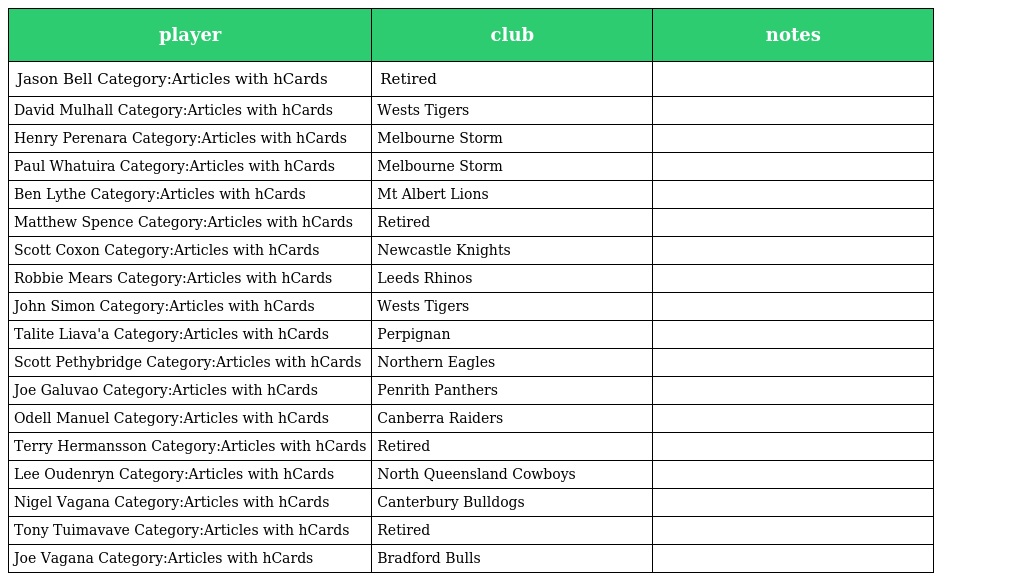
| player | club | notes |
 | --- | --- | --- |
 | Jason Bell Category:Articles with hCards | Retired |  |
 | David Mulhall Category:Articles with hCards | Wests Tigers |  |
 | Henry Perenara Category:Articles with hCards | Melbourne Storm |  |
 | Paul Whatuira Category:Articles with hCards | Melbourne Storm |  |
 | Ben Lythe Category:Articles with hCards | Mt Albert Lions |  |
 | Matthew Spence Category:Articles with hCards | Retired |  |
 | Scott Coxon Category:Articles with hCards | Newcastle Knights |  |
 | Robbie Mears Category:Articles with hCards | Leeds Rhinos |  |
 | John Simon Category:Articles with hCards | Wests Tigers |  |
 | Talite Liava'a Category:Articles with hCards | Perpignan |  |
 | Scott Pethybridge Category:Articles with hCards | Northern Eagles |  |
 | Joe Galuvao Category:Articles with hCards | Penrith Panthers |  |
 | Odell Manuel Category:Articles with hCards | Canberra Raiders |  |
 | Terry Hermansson Category:Articles with hCards | Retired |  |
 | Lee Oudenryn Category:Articles with hCards | North Queensland Cowboys |  |
 | Nigel Vagana Category:Articles with hCards | Canterbury Bulldogs |  |
 | Tony Tuimavave Category:Articles with hCards | Retired |  |
 | Joe Vagana Category:Articles with hCards | Bradford Bulls |  |